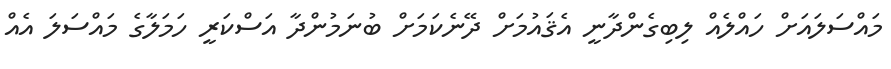
މައްސަލައަށް ހައްލެއް ލިބިގެންދާނީ އެޤައުމަށް ދޭނެކަމަަށް ބުނަމުންދާ އަސްކަރީ ހަމަލާގެ މައްސަލަ އެއް